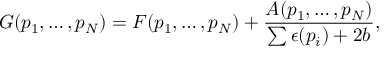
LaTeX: G ( p _ { 1 } , \ldots , p _ { N } ) = F ( p _ { 1 } , \ldots , p _ { N } ) + { \frac { A ( p _ { 1 } , \ldots , p _ { N } ) } { \sum \epsilon ( p _ { i } ) + 2 b } } ,